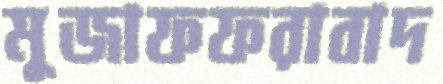
মুজাফফরাবাদ